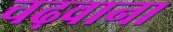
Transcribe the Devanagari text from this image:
चढ़वाना